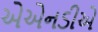
એએનડીએ